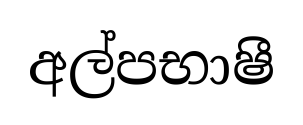
අල්පභාෂී